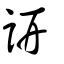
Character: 訮